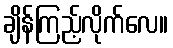
ချိန်ကြည့်လိုက်လေ။